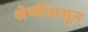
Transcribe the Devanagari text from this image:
श्रेणीपासून